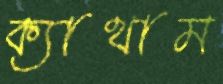
ক্যাথাম